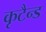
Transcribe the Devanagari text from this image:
कृटैन्ड